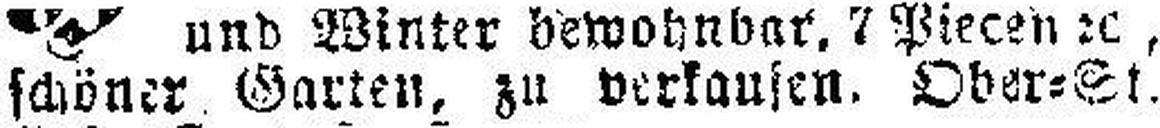
schöner Garten, zu verkaufen. Ober=St.